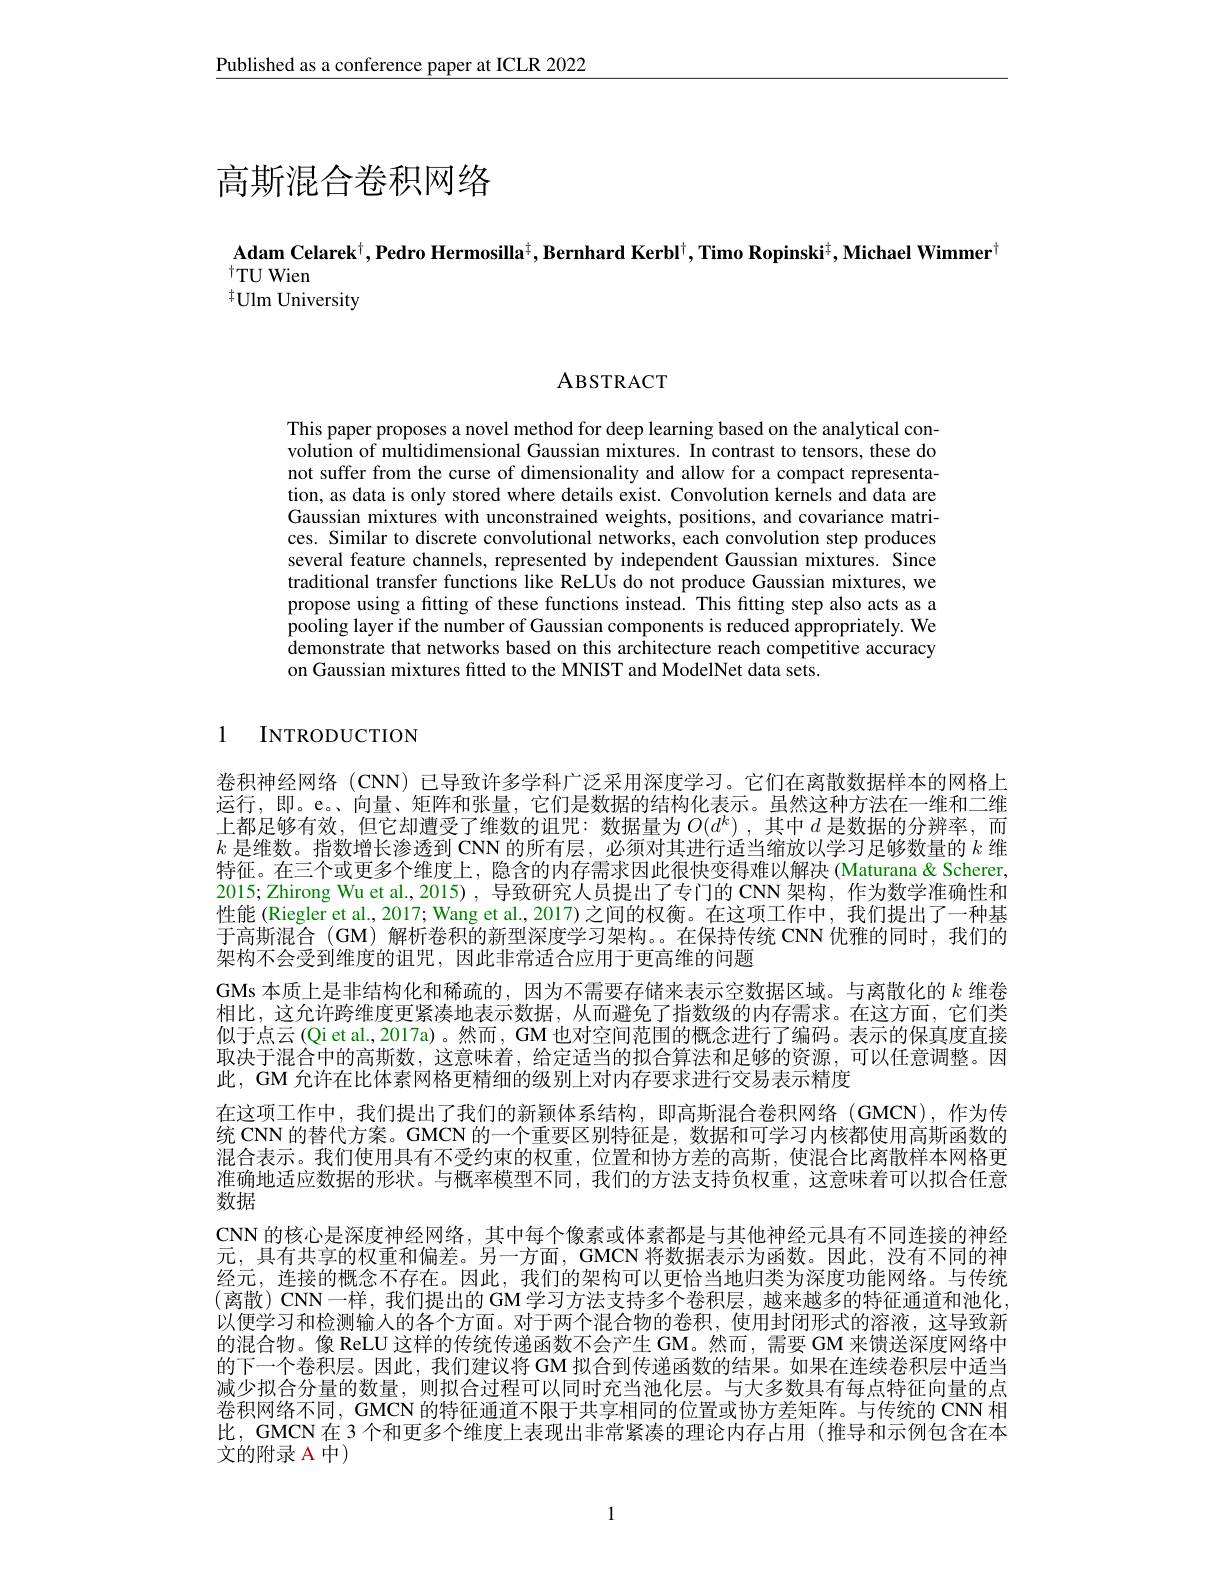
$\underline{\text{Published as a conference paper at ICLR 2022}}$

# 高斯混合卷积网络

## Adam Celarek$^\dagger,\textbf{Pedro Hermosilla}^{\pm},\textbf{Bernhard Kerbl}^{\dagger},\textbf{Timo Ropinski}^{\pm}$,Michael Wimmer $^{\dagger}$TU Wien $^{+}$Ulm University

ABSTRACT

This paper proposes a novel method for deep learning based on the analytical convolution of multidimensional Gaussian mixtures. In contrast to tensors, these do not suffer from the curse of dimensionality and allow for a compact representation, as data is only stored where details exist. Convolution kernels and data are Gaussian mixtures with unconstrained weights, positions, and covariance matrices. Similar to discrete convolutional networks, each convolution step produces several feature channels, represented by independent Gaussian mixtures. Since traditional transfer functions like ReLUs do not produce Gaussian mixtures, we propose using a fitting of these functions instead. This fitting step also acts as a pooling layer if the number of Gaussian components is reduced appropriately. We demonstrate that networks based on this architecture reach competitive accuracy on Gaussian mixtures fitted to the MNIST and ModelNet data sets.

1 INTRODUCTION

卷积神经网络 (CNN) 已导致许多学科广泛采用深度学习。它们在离散数据样本的网格上运行，即。e。、向量、矩阵和张量，它们是数据的结构化表示。虽然这种方法在一维和二维上都足够有效，但它却遭受了维数的诅咒：数据量为$O( d^k)$ ,其中$d$ 是数据的分辨率，而$k$是维数。指数增长渗透到 CNN 的所有层，必须对其进行适当缩放以学习足够数量的$k$维特征。在三个或更多个维度上，隐含的内存需求因此很快变得难以解决 (Maturana&Scherer, 2015; Zhirong Wu et al., 2015) , 导致研究人员提出了专门的 CNN 架构，作为数学准确性和性能 (Riegler et al., 2017; Wang et al., 2017)之间的权衡。在这项工作中，我们提出了一种基于高斯混合 (GM) 解析卷积的新型深度学习架构。。在保持传统 CNN 优雅的同时，我们的架构不会受到维度的诅咒，因此非常适合应用于更高维的问题
GMs 本质上是非结构化和稀疏的，因为不需要存储来表示空数据区域。与离散化的$k$维卷相比，这允许跨维度更紧凑地表示数据，从而避免了指数级的内存需求。在这方面，它们类似于点云 (Qi et al., 2017a)。然而，GM 也对空间范围的概念进行了编码。表示的保真度直接取决于混合中的高斯数，这意味着，给定适当的拟合算法和足够的资源，可以任意调整。因此，GM 允许在比体素网格更精细的级别上对内存要求进行交易表示精度
在这项工作中，我们提出了我们的新颖体系结构，即高斯混合卷积网络(GMCN),作为传统 CNN 的替代方案。GMCN 的一个重要区别特征是，数据和可学习内核都使用高斯函数的混合表示。我们使用具有不受约束的权重，位置和协方差的高斯，使混合比离散样本网格更准确地适应数据的形状。与概率模型不同，我们的方法支持负权重，这意味着可以拟合任意数据
CNN 的核心是深度神经网络，其中每个像素或体素都是与其他神经元具有不同连接的神经元，具有共享的权重和偏差。另一方面，GMCN 将数据表示为函数。因此，没有不同的神经元，连接的概念不存在。因此，我们的架构可以更恰当地归类为深度功能网络。与传统(离散) CNN一样，我们提出的 GM学习方法支持多个卷积层，越来越多的特征通道和池化， 以便学习和检测输人的各个方面。对于两个混合物的卷积，使用封闭形式的溶液，这导致新的混合物。像 ReLU 这样的传统传递函数不会产生 GM。然而，需要 GM 来馈送深度网络中的下一个卷积层。因此，我们建议将GM 拟合到传递函数的结果。如果在连续卷积层中适当减少拟合分量的数量，则拟合过程可以同时充当池化层。与大多数具有每点特征向量的点卷积网络不同，GMCN 的特征通道不限于共享相同的位置或协方差矩阵。与传统的 CNN 相比，GMCN 在 3 个和更多个维度上表现出非常紧凑的理论内存占用 (推导和示例包含在本文的附录 A 中)

1